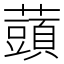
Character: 䕱